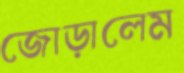
জোড়ালেম